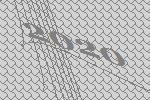
2020